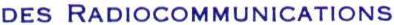
DES RADIOCOMMUNICATIONS